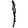
Digit: 1